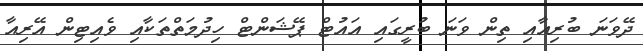
ދޭވަނަ ބުރިއާއި ތިން ވަނަ ބުރީގައި އައުޓް ޕޭޝަންޓް ހިދުމަތްތަކާއި ވެއިޓިން އޭރިއާ